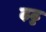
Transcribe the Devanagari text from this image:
ढ़ठ्ठ